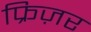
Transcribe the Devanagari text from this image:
फ्रिज़र